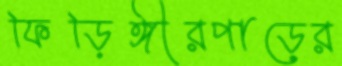
ফিড়িঙ্গীরপাড়ের